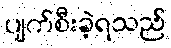
ပျက်စီးခဲ့ရသည်